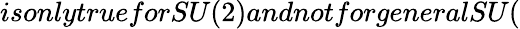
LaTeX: isonlytrueforSU(2)andnotforgeneralSU(